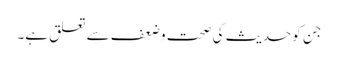
جن کو حدیث کی صحت وضعف سے تعلق ہے۔